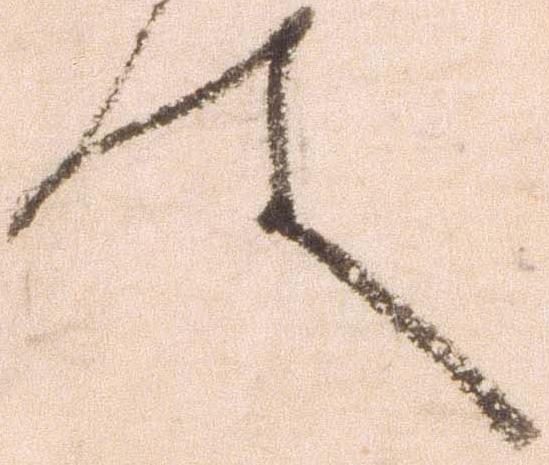
件